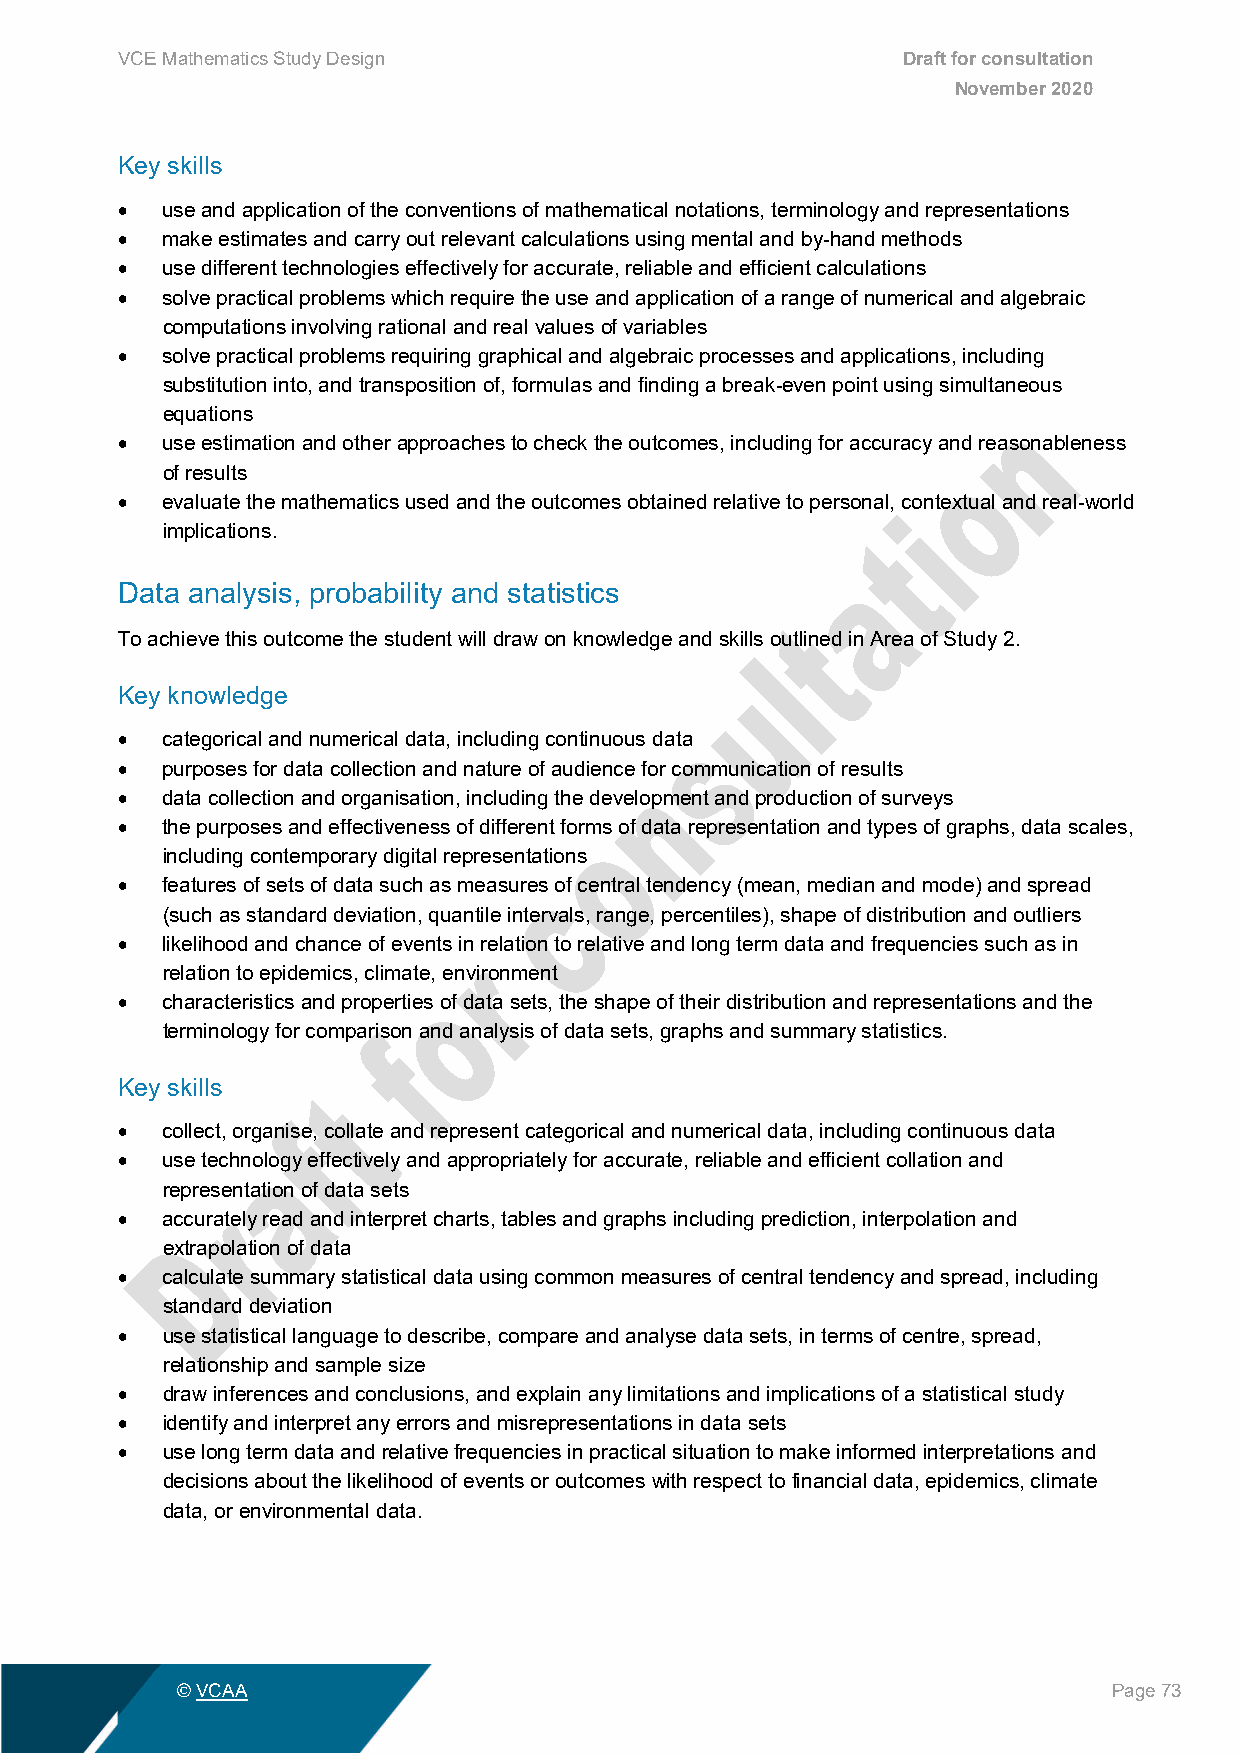
VCE Mathematics Study Design                        Draft for consultation
 November 2020
 Key skills
 •  use and application of the conventions of mathematical notations, terminology and representations
 •  make estimates and carry out relevant calculations using mental and by-hand methods
 •  use different technologies effectively for accurate, reliable and efficient calculations
 •  solve practical problems which require the use and application of a range of numerical and algebraic
 computations involving rational and real values of variables
 •  solve practical problems requiring graphical and algebraic processes and applications, including
 substitution into, and transposition of, formulas and finding a break-even point using simultaneous
 equations
 •  use estimation and other approaches to check the outcomes, including for accuracy and reasonableness
 of results
 •  evaluate the mathematics used and the outcomes obtained relative to personal, contextual and real-world
 implications.
 Data analysis, probability and statistics
 To achieve this outcome the student will draw on knowledge and skills outlined in Area of Study 2.
 Key knowledge
 •  categorical and numerical data, including continuous data
 •  purposes for data collection and nature of audience for communication of results
 •  data collection and organisation, including the development and production of surveys
 •  the purposes and effectiveness of different forms of data representation and types of graphs, data scales,
 including contemporary digital representations
 •  features of sets of data such as measures of central tendency (mean, median and mode) and spread
 (such as standard deviation, quantile intervals, range, percentiles), shape of distribution and outliers
 •  likelihood and chance of events in relation to relative and long term data and frequencies such as in
 relation to epidemics, climate, environment
 •  characteristics and properties of data sets, the shape of their distribution and representations and the
 terminology for comparison and analysis of data sets, graphs and summary statistics.
 Key skills
 •  collect, organise, collate and represent categorical and numerical data, including continuous data
 •  use technology effectively and appropriately for accurate, reliable and efficient collation and
 representation of data sets
 •  accurately read and interpret charts, tables and graphs including prediction, interpolation and
 extrapolation of data
 •  calculate summary statistical data using common measures of central tendency and spread, including
 standard deviation
 •  use statistical language to describe, compare and analyse data sets, in terms of centre, spread,
 relationship and sample size
 •  draw inferences and conclusions, and explain any limitations and implications of a statistical study
 •  identify and interpret any errors and misrepresentations in data sets
 •  use long term data and relative frequencies in practical situation to make informed interpretations and
 decisions about the likelihood of events or outcomes with respect to financial data, epidemics, climate
 data, or environmental data.
 © VCAA                                                        Page 73